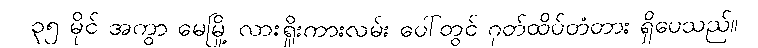
၃၅ မိုင် အကွာ မေမြို့ လားရှိုးကားလမ်း ပေါ်တွင် ဂုတ်ထိပ်တံတား ရှိပေသည်။